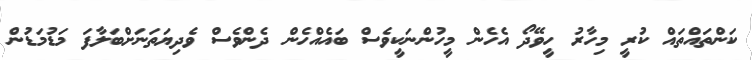
ކަންތައްތައް ކުރީ މިހާރު ހީވޭދޯ އެހެން މީހުންނަކީވެސް ބައެއްހެން ދެންވެސް ވެދިޔަތަނަށްބަލާފަ މަޑުމަޑުން